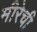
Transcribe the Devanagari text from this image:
मीरेची